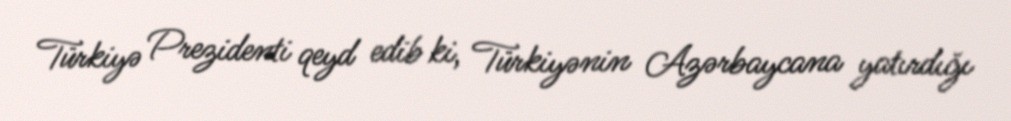
Türkiyə Prezidenti qeyd edib ki, Türkiyənin Azərbaycana yatırdığı